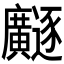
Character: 𫸐